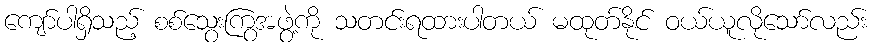
ကျော်ပါရှိသည့် စစ်သွေးကြွအဖွဲ့ကို သတင်းရထားပါတယ် မထုတ်နိုင် ဝယ်ယူလိုသော်လည်း